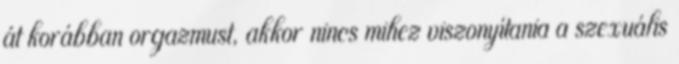
át korábban orgazmust, akkor nincs mihez viszonyítania a szexuális